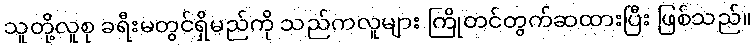
သူတို့လူစု ခရီးမတွင်ရှိမည်ကို သည်ကလူများ ကြိုတင်တွက်ဆထားပြီး ဖြစ်သည်။